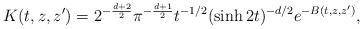
LaTeX: \begin{align*} K(t,z,z') =2^{-\frac{d+2}{2}}\pi^{-\frac{d+1}{2}}t^{-1/2}(\sinh 2t)^{-d/2} e^{-B(t,z,z')},\end{align*}